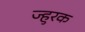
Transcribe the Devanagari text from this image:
ज्हुरक